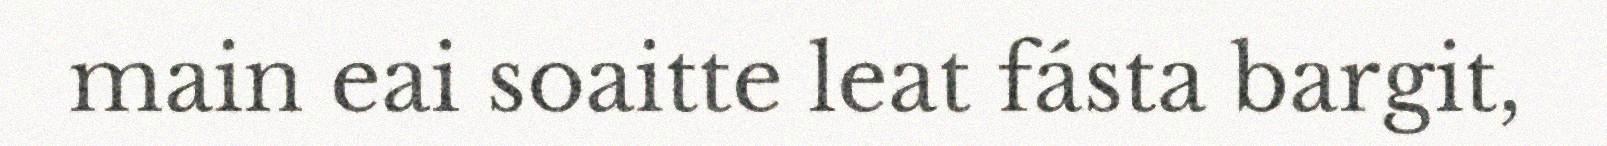
main eai soaitte leat fásta bargit,